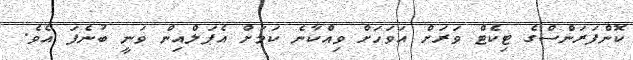
ކޮންފަރަންސްގެ ޓިކެޓް ވަރަށް އަވަހަށް ވިއްކާނެ ކަމަށް އެޕަލްއިން ވަނީ ބުނެފަ އެވެ.